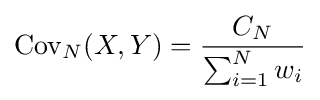
\operatorname {Cov} _{N}(X,Y)={\frac {C_{N}}{\sum _{i=1}^{N}w_{i}}}